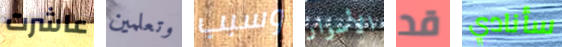
عاشرت وتعلمين وسبب الأسوار قد سأنادي